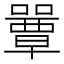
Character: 𡂽